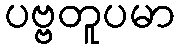
ပဗ္ဗတူပမာ